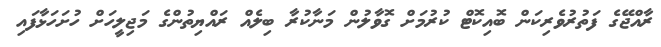
ރާއްޖޭގެ ފަތުރުވެރިކަން ބޮއިކޮޓް ކުރުމަށް ގޮވާލުން މަނާކުރާ ބިލެއް ރައްޔިތުންގެ މަޖިލީހަށް ހުށަހަޅާފައި